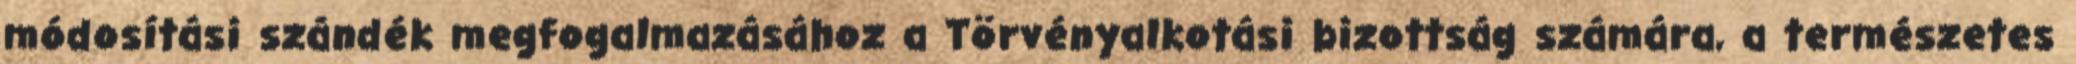
módosítási szándék megfogalmazásához a Törvényalkotási bizottság számára, a természetes